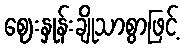
ဈေးနှုန်းချိုသာစွာဖြင့်